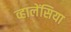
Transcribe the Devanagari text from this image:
व्हालेंसिया